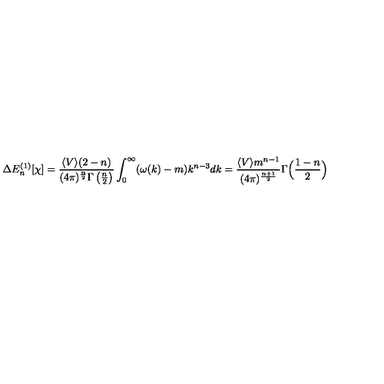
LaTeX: \Delta E _ { n } ^ { ( 1 ) } [ \chi ] = \frac { \langle V \rangle ( 2 - n ) } { ( 4 \pi ) ^ { \frac { n } { 2 } } \Gamma \left( \frac { n } { 2 } \right) } \int _ { 0 } ^ { \infty } ( \omega ( k ) - m ) k ^ { n - 3 } d k = \frac { \langle V \rangle m ^ { n - 1 } } { ( 4 \pi ) ^ { \frac { n + 1 } { 2 } } } \Gamma \Bigl ( \frac { 1 - n } { 2 } \Bigr )